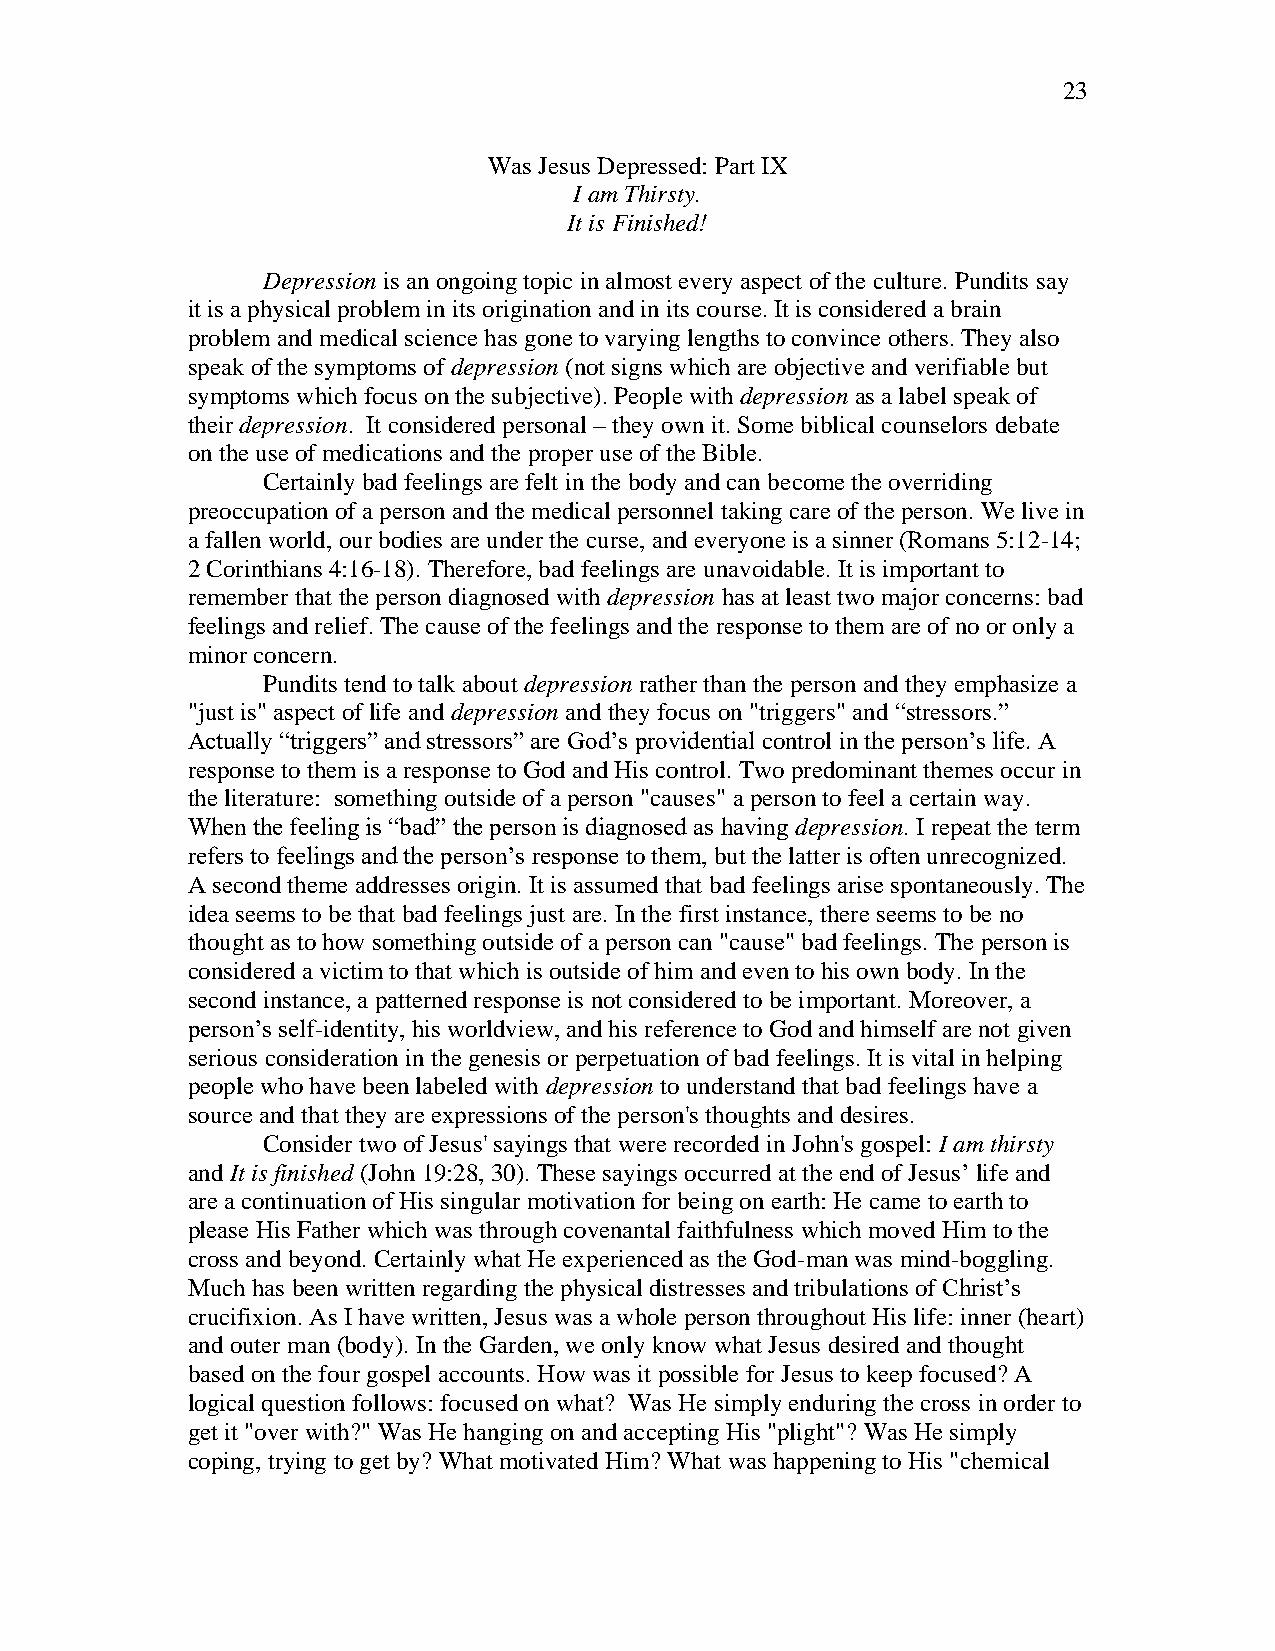
23
 Was Jesus Depressed: Part IX
 I am Thirsty.
 It is Finished!
 Depression is an ongoing topic in almost every aspect of the culture. Pundits say
 it is a physical problem in its origination and in its course. It is considered a brain
 problem and medical science has gone to varying lengths to convince others. They also
 speak of the symptoms of depression (not signs which are objective and verifiable but
 symptoms which focus on the subjective). People with depression as a label speak of
 their depression. It considered personal – they own it. Some biblical counselors debate
 on the use of medications and the proper use of the Bible.
 Certainly bad feelings are felt in the body and can become the overriding
 preoccupation of a person and the medical personnel taking care of the person. We live in
 a fallen world, our bodies are under the curse, and everyone is a sinner (Romans 5:12-14;
 2 Corinthians 4:16-18). Therefore, bad feelings are unavoidable. It is important to
 remember that the person diagnosed with depression has at least two major concerns: bad
 feelings and relief. The cause of the feelings and the response to them are of no or only a
 minor concern.
 Pundits tend to talk about depression rather than the person and they emphasize a
 "just is" aspect of life and depression and they focus on "triggers" and “stressors.”
 Actually “triggers” and stressors” are God’s providential control in the person’s life. A
 response to them is a response to God and His control. Two predominant themes occur in
 the literature: something outside of a person "causes" a person to feel a certain way.
 When the feeling is “bad” the person is diagnosed as having depression. I repeat the term
 refers to feelings and the person’s response to them, but the latter is often unrecognized.
 A second theme addresses origin. It is assumed that bad feelings arise spontaneously. The
 idea seems to be that bad feelings just are. In the first instance, there seems to be no
 thought as to how something outside of a person can "cause" bad feelings. The person is
 considered a victim to that which is outside of him and even to his own body. In the
 second instance, a patterned response is not considered to be important. Moreover, a
 person’s self-identity, his worldview, and his reference to God and himself are not given
 serious consideration in the genesis or perpetuation of bad feelings. It is vital in helping
 people who have been labeled with depression to understand that bad feelings have a
 source and that they are expressions of the person's thoughts and desires.
 Consider two of Jesus' sayings that were recorded in John's gospel: I am thirsty
 and It is finished (John 19:28, 30). These sayings occurred at the end of Jesus’ life and
 are a continuation of His singular motivation for being on earth: He came to earth to
 please His Father which was through covenantal faithfulness which moved Him to the
 cross and beyond. Certainly what He experienced as the God-man was mind-boggling.
 Much has been written regarding the physical distresses and tribulations of Christ’s
 crucifixion. As I have written, Jesus was a whole person throughout His life: inner (heart)
 and outer man (body). In the Garden, we only know what Jesus desired and thought
 based on the four gospel accounts. How was it possible for Jesus to keep focused? A
 logical question follows: focused on what? Was He simply enduring the cross in order to
 get it "over with?" Was He hanging on and accepting His "plight"? Was He simply
 coping, trying to get by? What motivated Him? What was happening to His "chemical